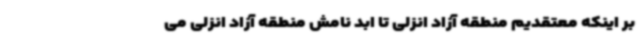
بر اینکه معتقدیم منطقه آزاد انزلی تا ابد نامش منطقه آزاد انزلی می